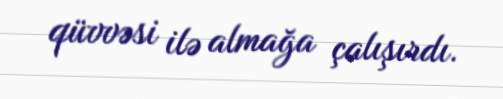
qüvvəsi ilə almağa çalışırdı.